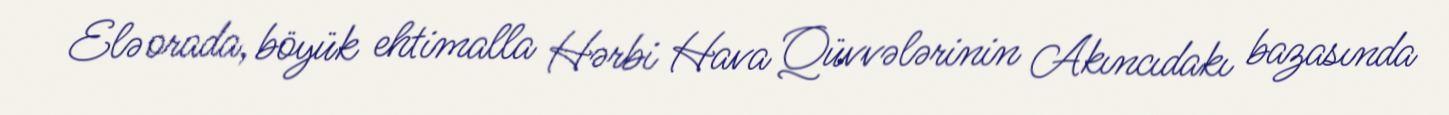
Elə orada, böyük ehtimalla Hərbi Hava Qüvvələrinin Akıncıdakı bazasında